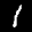
Label: 1